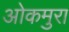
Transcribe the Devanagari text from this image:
ओकमुरा